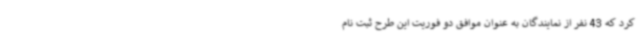
کرد که 43 نفر از نمایندگان به عنوان موافق دو فوریت این طرح ثبت نام